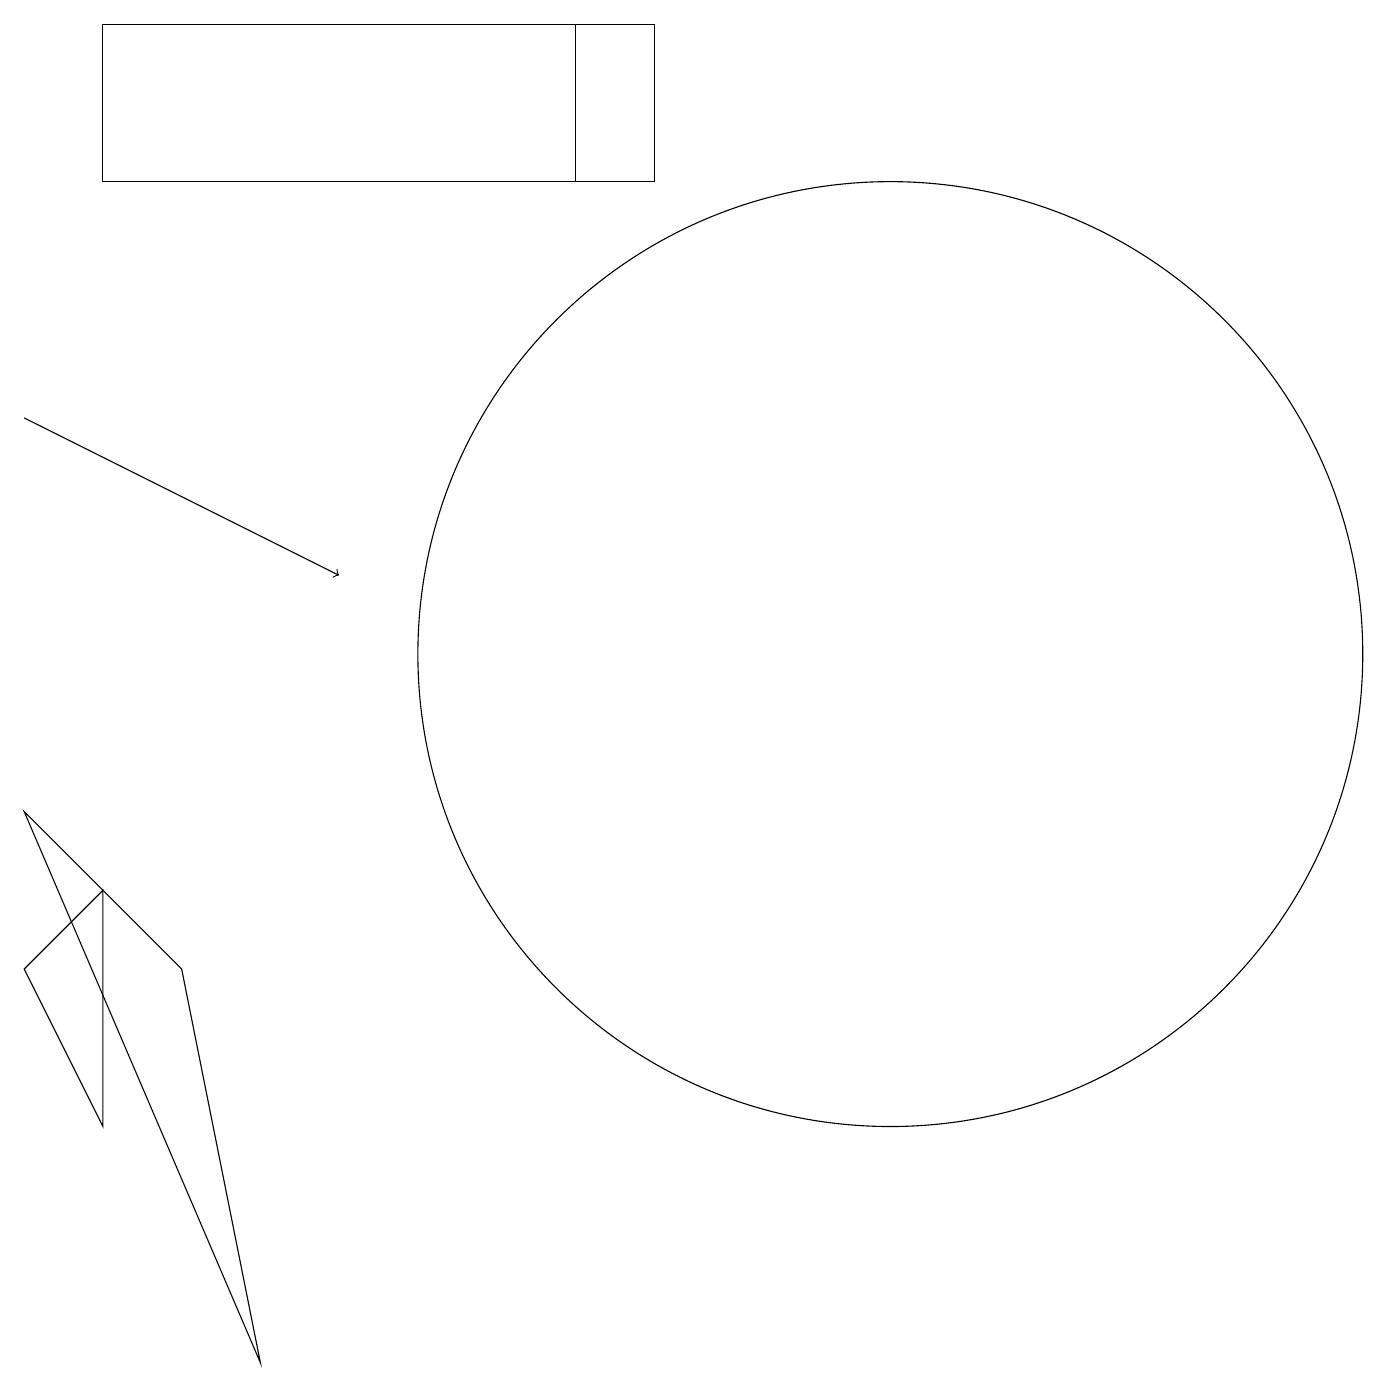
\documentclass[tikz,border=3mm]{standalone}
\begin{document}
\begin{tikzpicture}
\draw (8,17) rectangle (1,19);
\draw[->] (0,14) -- (4,12);
\draw (1,8) -- (1,5) -- (0,7) -- cycle;
\draw (2,7) -- (3,2) -- (0,9) -- cycle;
\draw (11,11) circle (6);
\draw (7,17) rectangle (7,19);
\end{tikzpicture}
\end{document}